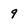
Character: 9